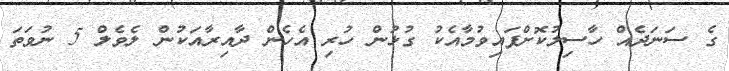
ގެ ސަނަދެއް ހާސިލުކޮށްފައިވުމާއެކު ގުޅުން ހުރި އެހެން ދާއިރާއަކުން ލެވެލް 5 ނުވަތަ